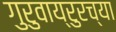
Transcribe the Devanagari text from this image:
गुरुवाय्रुरच्या